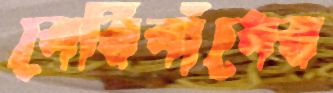
বেরিবাঁধের